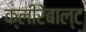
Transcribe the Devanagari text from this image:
क्लीरेंबाल्ट